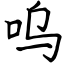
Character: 呜